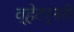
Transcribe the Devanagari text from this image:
व्हेटर्नरी